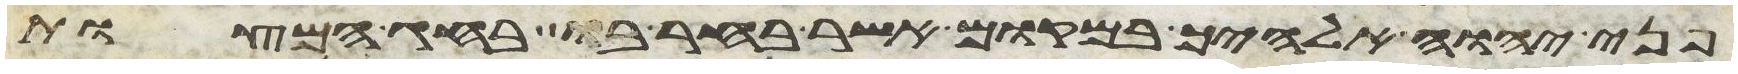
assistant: פני יהוה אלהיך במקום אשר בחר בו בחג המצות